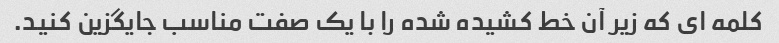
کلمه ای که زیر آن خط کشیده شده را با یک صفت مناسب جایگزین کنید.